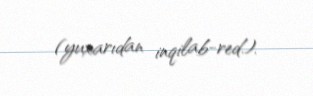
(yuxarıdan inqilab-red.).